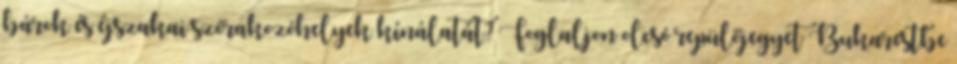
bárok és éjszakai szórakozóhelyek kínálatát? Foglaljon olcsó repülőjegyet Bukarestbe